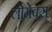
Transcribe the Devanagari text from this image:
लोमेक्स